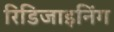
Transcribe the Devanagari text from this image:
रिडिजाइनिंग